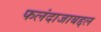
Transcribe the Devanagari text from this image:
फलंदाजाबद्दल